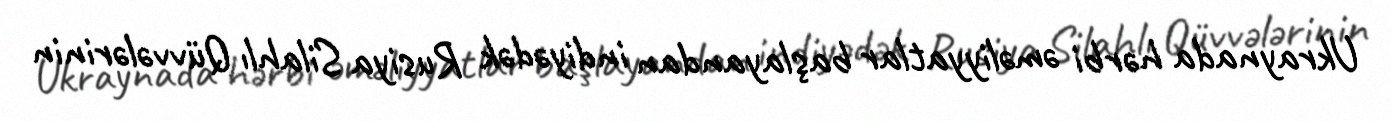
Ukraynada hərbi əməliyyatlar başlayandan indiyədək Rusiya Silahlı Qüvvələrinin